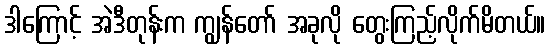
ဒါကြောင့် အဲဒီတုန်းက ကျွန်တော် အခုလို တွေးကြည့်လိုက်မိတယ်။